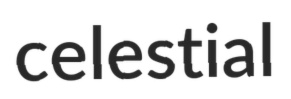
celestial